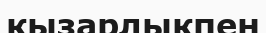
қызарлықпен